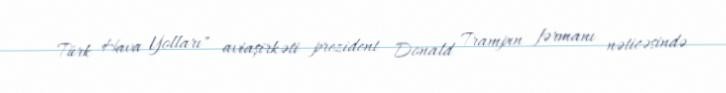
Türk Hava Yolları" aviaşirkəti prezident Donald Trampın fərmanı nəticəsində